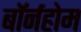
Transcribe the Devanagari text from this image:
बॉर्नहोम